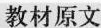
K教材原文】